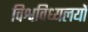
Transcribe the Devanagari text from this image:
विश्वविध्यलयों